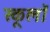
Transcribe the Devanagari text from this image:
स्कूलॉ